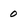
Character: 0